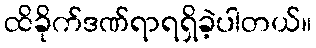
ထိခိုက်ဒဏ်ရာရရှိခဲ့ပါတယ်။